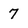
Character: 7